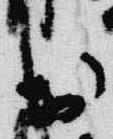
於